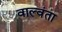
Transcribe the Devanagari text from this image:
वाल्वंता